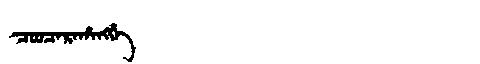
Manchu: ᠴᠣᠣᠴᠠᡵᠠᡥᠠᠩᡤᡝ
Romanization: COOCARAHANGGE